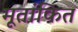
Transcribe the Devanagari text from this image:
मूतांकित